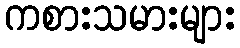
ကစားသမားများ